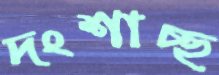
দংশাচ্ছ